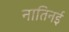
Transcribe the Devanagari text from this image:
नातिनई